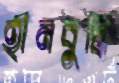
হীনবুদ্ধি